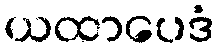
ယထာပေဒံ